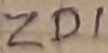
Text: ZD1